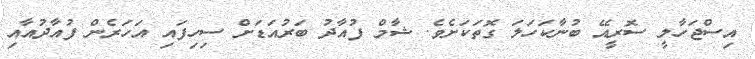
އިސްޖަހާލީ ސޮރީއޭ ބުނާކަހަލަ ގޮތަކަށެވެ. ޝާމް ފުއާދު ބަރުއަޑަށް ސިހިފައި އަހަރެން ފުއާދުއާއި